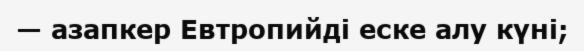
— азапкер Евтропийді еске алу күні;